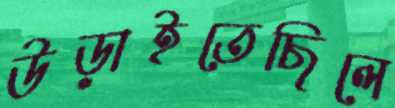
উড়াইতেছিলে